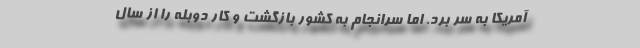
آمریکا به سر برد. اما سرانجام به کشور بازگشت و کار دوبله را از سال